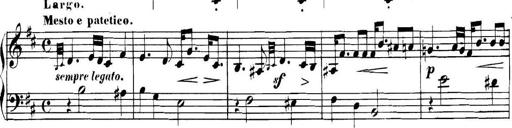
Title: Collected Piano Sonatas
Composer: Muzio Clementi